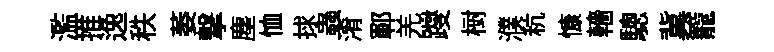
濫推逸秩萎撃塵恤捄蟲淆鄆羌躞𣗳濮秔慷轖驄冀籠